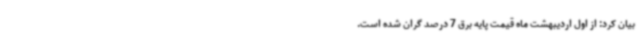
بیان کرد: از اول اردیبهشت ماه قیمت پایه برق 7 درصد گران شده است.